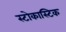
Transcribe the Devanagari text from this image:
स्टोकास्टिक